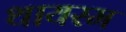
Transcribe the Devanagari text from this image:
थायरम